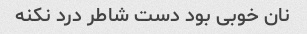
نان خوبی بود دست شاطر درد نکنه